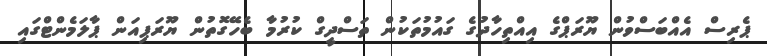
ޕެރިސް އެއްބަސްވުން ޔޫރަޕްގެ އިއްތިހާދުގެ ގައުމުތަކުން ތަސްދީގް ކުރުމާ ބެހޭގޮތުން ޔޫރަޕިއަން ޕާލަމެންޓްގައި